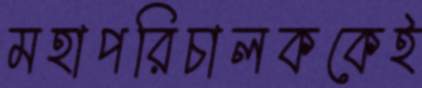
মহাপরিচালককেই